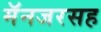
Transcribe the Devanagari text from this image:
मॅनजरसह